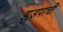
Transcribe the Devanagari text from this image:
झुडपाची